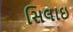
સિલાઇ